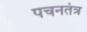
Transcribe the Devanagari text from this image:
पचनतंत्र